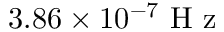
3 . 8 6 \times 1 0 ^ { - 7 } \mathrm { ~ H ~ z ~ }